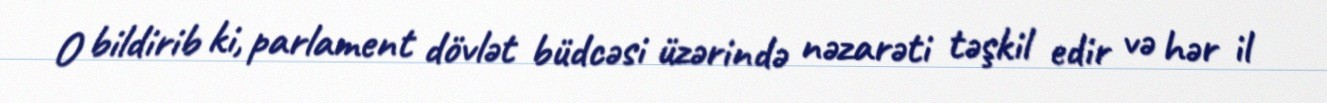
O bildirib ki, parlament dövlət büdcəsi üzərində nəzarəti təşkil edir və hər il